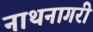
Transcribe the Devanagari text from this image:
नाथनागरी